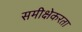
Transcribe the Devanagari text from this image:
समीक्षेकरता